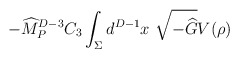
\begin{align*}-{\widehat M}_P^{D-3} C_3 \int_\Sigma d^{D-1} x ~\sqrt{-{\widehat G}}V(\rho)\end{align*}